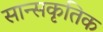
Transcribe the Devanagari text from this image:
सान्सकृतिक